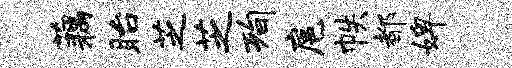
藕眙芝芝洵扈帙都婢